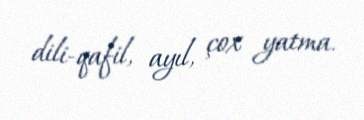
dili-qafil, ayıl, çox yatma.